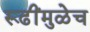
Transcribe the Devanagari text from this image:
रूढींमुळेच